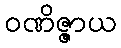
ဝဏိဇ္ဇာယ